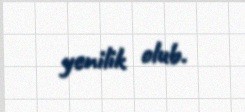
yenilik olub.